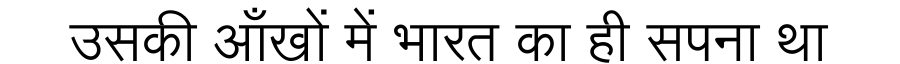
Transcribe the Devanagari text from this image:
उसकी आँखों में भारत का ही सपना था